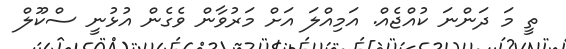
ތީ މަ ދަންނަ ކުއްޖެއް. އަމިއްލަ އަށް މަރުވާން ވެގެން އުޅުނީ ސްކޫލް